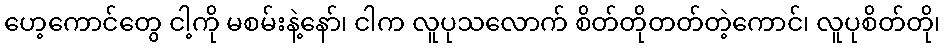
ဟေ့ကောင်တွေ ငါ့ကို မစမ်းနဲ့နော်၊ ငါက လူပုသလောက် စိတ်တိုတတ်တဲ့ကောင်၊ လူပုစိတ်တို၊